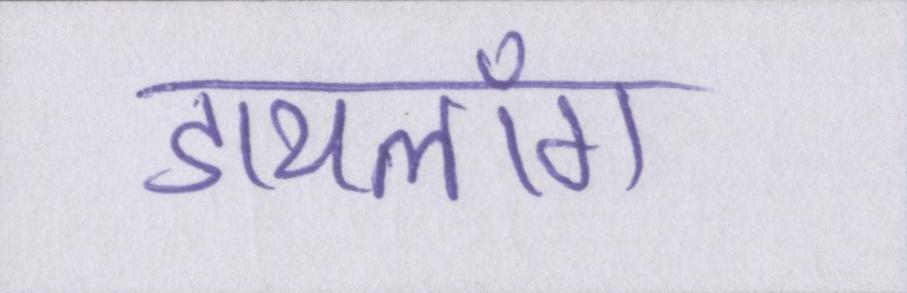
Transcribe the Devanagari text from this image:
डायलॉग